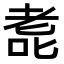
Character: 𫅳